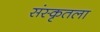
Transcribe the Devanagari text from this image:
संस्कृतला